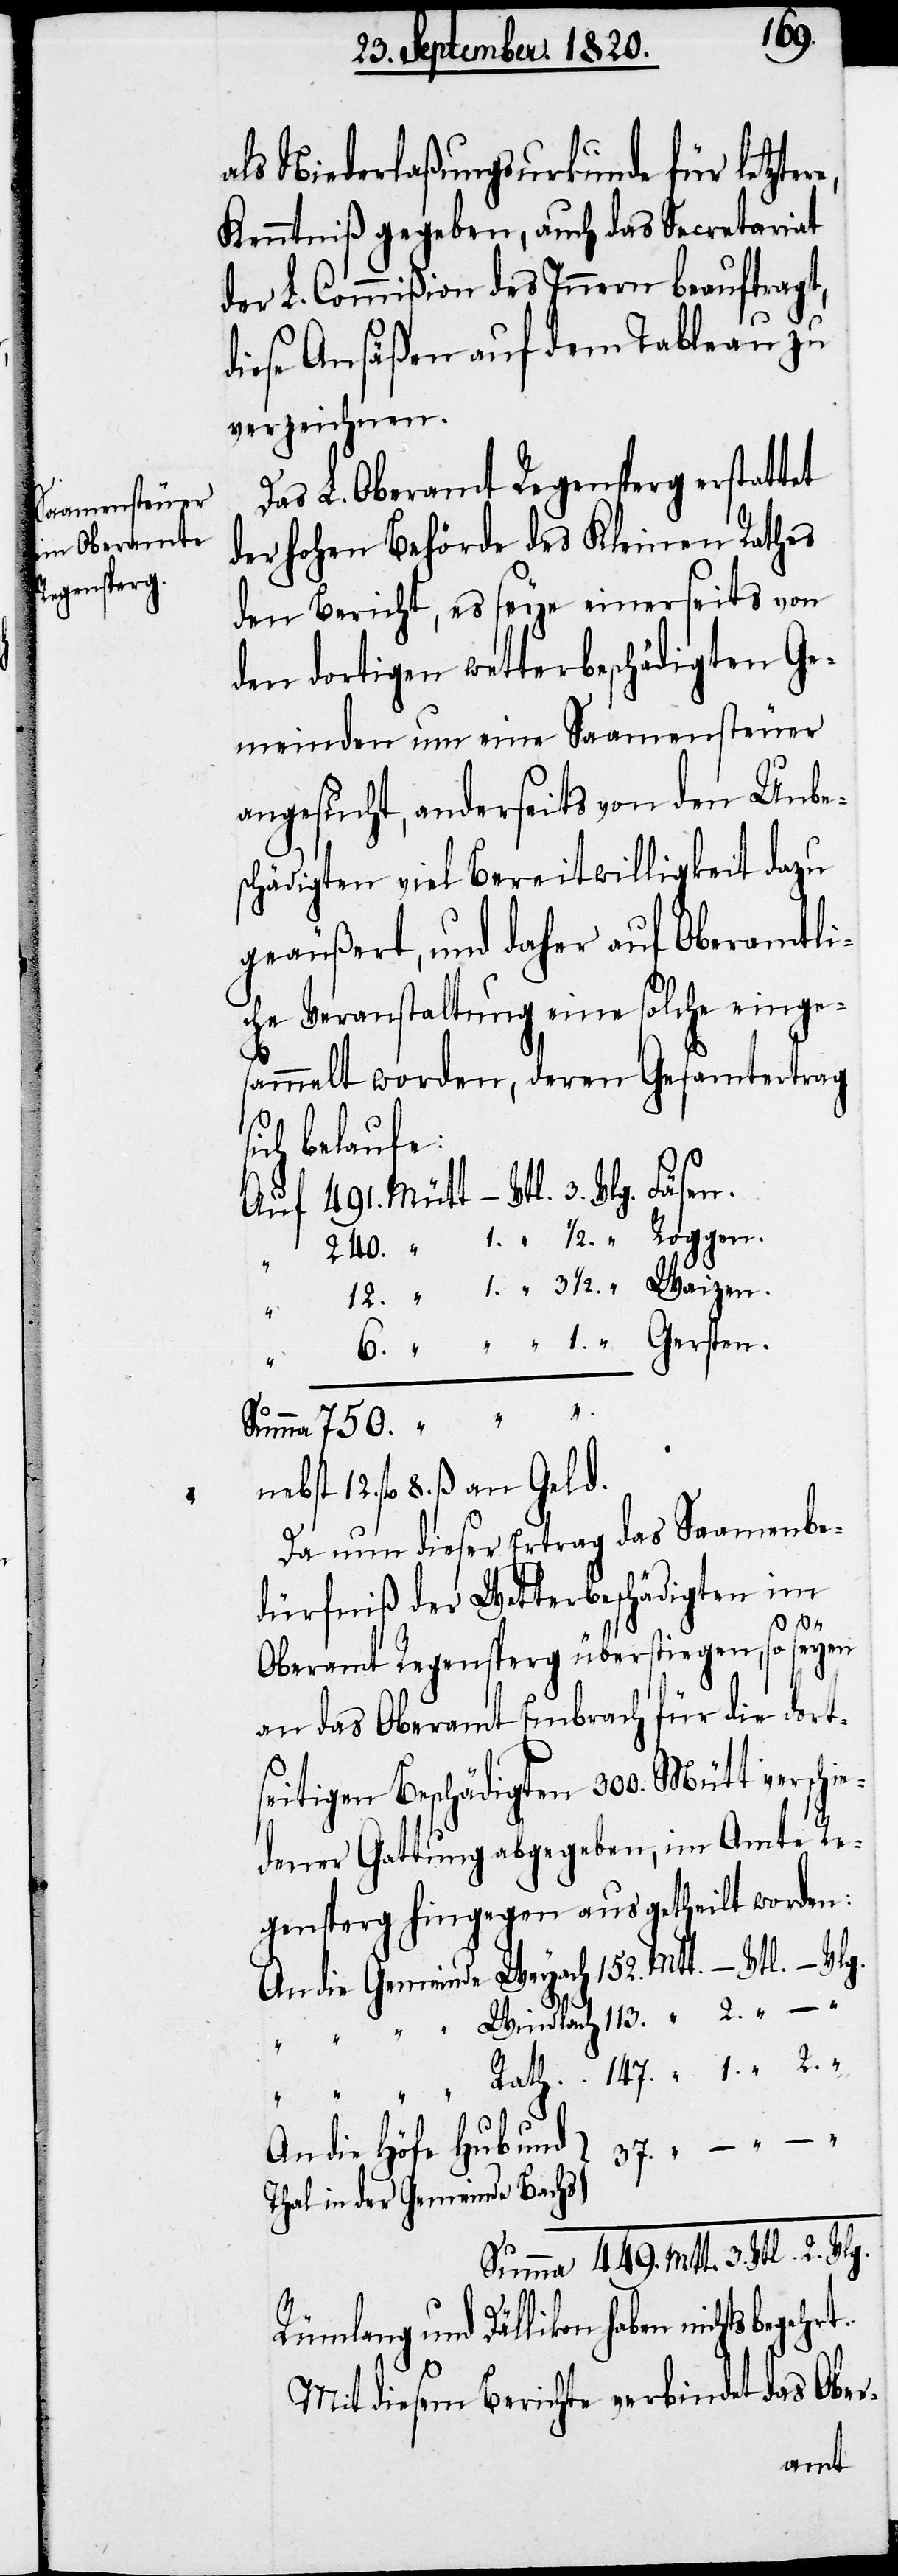
12.
als Niederlaßungsurkunde für letzte¬
Kenntniß gegeben, auch das Secretariat
der L. Commißion des Innern beauftragt,
dieses Ansäßen auf dem Tableau zu
verzeichnen.
Das L. Oberamt Regensperg erstattet
der hohen Behörde des Kleinen Rathes
den Bericht, es seye einerseits von
den dortigen wetterbeschädigten Ge¬
meinden um eine Saamensteuer
angesucht, anderseits von den Unbe¬
schädigten viel Bereitwilligkeit dazu
geäussert, und daher auf Oberamtli¬
che Veranstaltung eine solche einge¬
sammelt worden, deren Gesamtertrag
der Gemeinde
1.
fl. 8. ß. an Geld.
Da nun dieser Ertrag das Saamenbe¬
dürfniß der Wetterbeschädigten im
Oberamt Regensperg überstiegen, so seyen
an das Oberamt Embrach für die dort¬
seitigen Beschädigten 300. Mütt verschie¬
dener Gattung abgegeben, im Amte Re¬
gensperg hingegen ausgetheilt worden:
An die Gemeinde 	Weyach 	152.	Mtt.	– Vtl.
Rümlang und Dällikon haben nichts
Mit diesem Berichte verbindet das Ober-